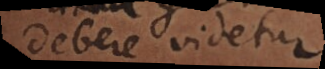
debere videtur.